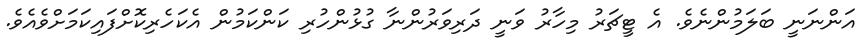
އަންނަނީ ބަލަމުންނެވެ. އެ ޓީޗަރު މިހާރު ވަނީ ދަރިވަރުންނާ ގުޅުންހުރި ކަންކަމުން އެކަހެރިކޮށްފައިކަމަށްވެއެވެ.